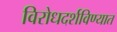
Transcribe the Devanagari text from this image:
विरोधदर्शविण्यात